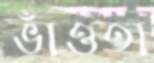
ভাঁওতা